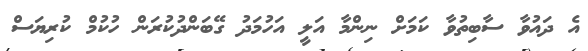
އެ ދައުވާ ސާބިތުވާ ކަމަށް ނިންމާ އަލީ އަހުމަދު ގޭބަންދުކުރަން ހުކުމް ކުރިޔަސް